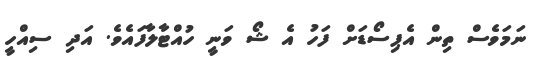
ނަމަވެސް ތިން އެޕިސޯޑަށް ފަހު އެ ޝޯ ވަނީ ހުއްޓާލާފައެވެ. އަދި ސިއްހީ